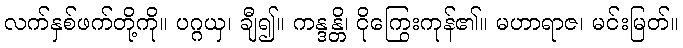
လက်နှစ်ဖက်တို့ကို။ ပဂ္ဂယှ၊ ချီ၍။ ကန္ဒန္တိ၊ ငိုကြွေးကုန်၏။ မဟာရာဇ၊ မင်းမြတ်။